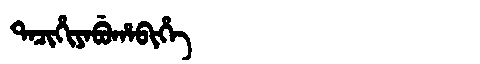
Manchu: ᡨᠠᠴᡳᡥᡳᠶᠠᠪᡠᡥᠠᠪᡳᡥᡝ
Romanization: TACIHIYABUHABIHE